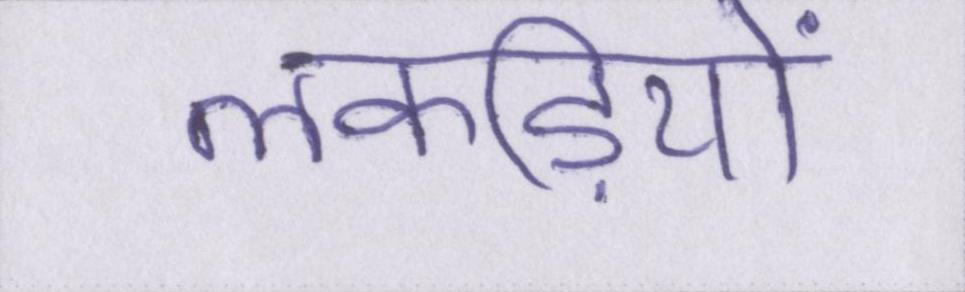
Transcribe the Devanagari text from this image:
लकड़ियों